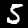
Digit: 5